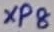
Text: XP8